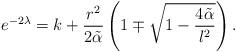
LaTeX: \begin{align*}e^{-2\lambda}= k+\frac{r^2}{2\tilde\alpha}\left(1 \mp \sqrt{1- \frac{4\tilde\alpha}{l^2}}\right).\end{align*}